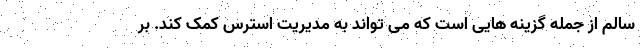
سالم از جمله گزینه هایی است که می تواند به مدیریت استرس کمک کند. بر